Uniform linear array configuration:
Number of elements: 48
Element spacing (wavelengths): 0.5
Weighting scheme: kaiser
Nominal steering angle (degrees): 15
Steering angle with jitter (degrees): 14.724
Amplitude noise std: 0.05
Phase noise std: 0.05

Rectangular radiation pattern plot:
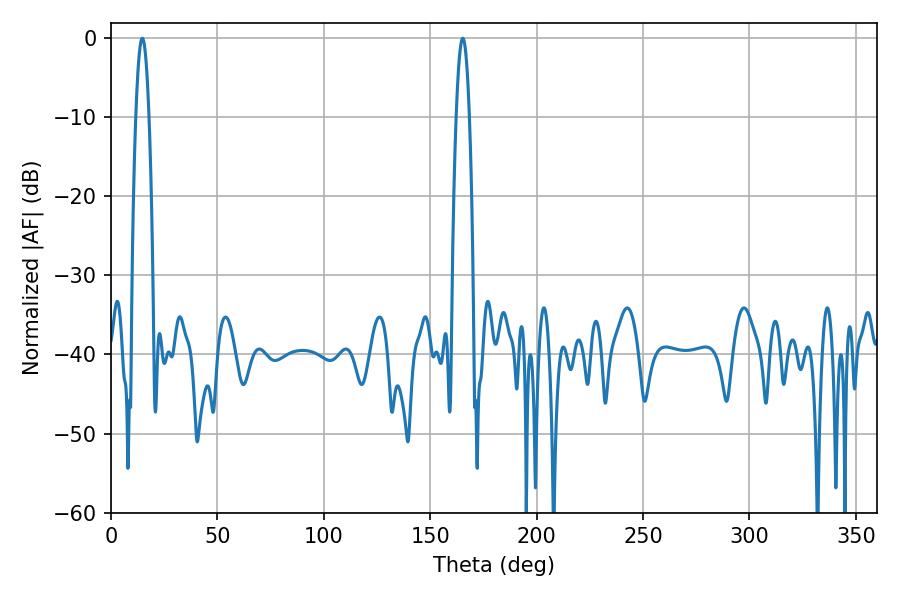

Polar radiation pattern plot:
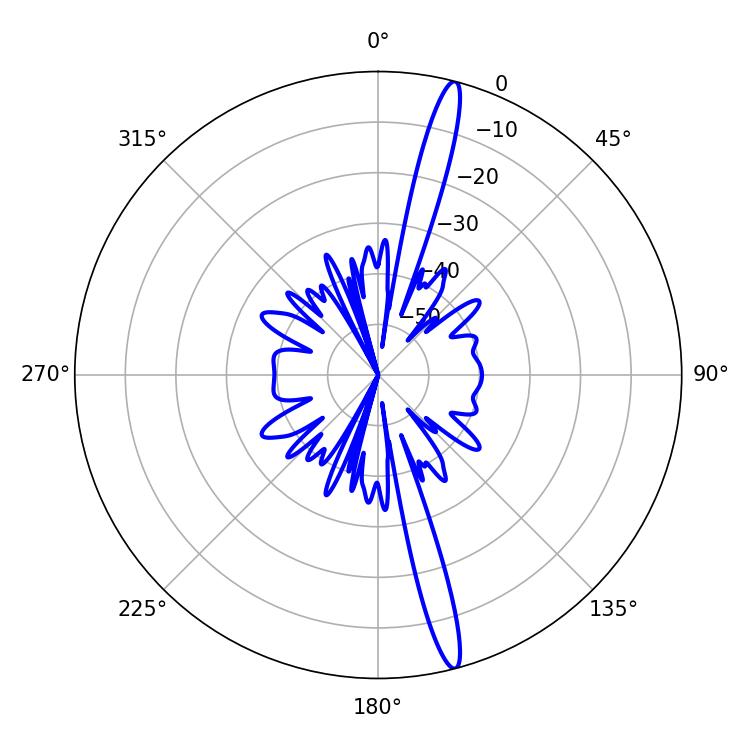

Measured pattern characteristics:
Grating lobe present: FALSE
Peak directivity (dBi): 17.848
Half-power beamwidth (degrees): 3.42
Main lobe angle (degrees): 14.76